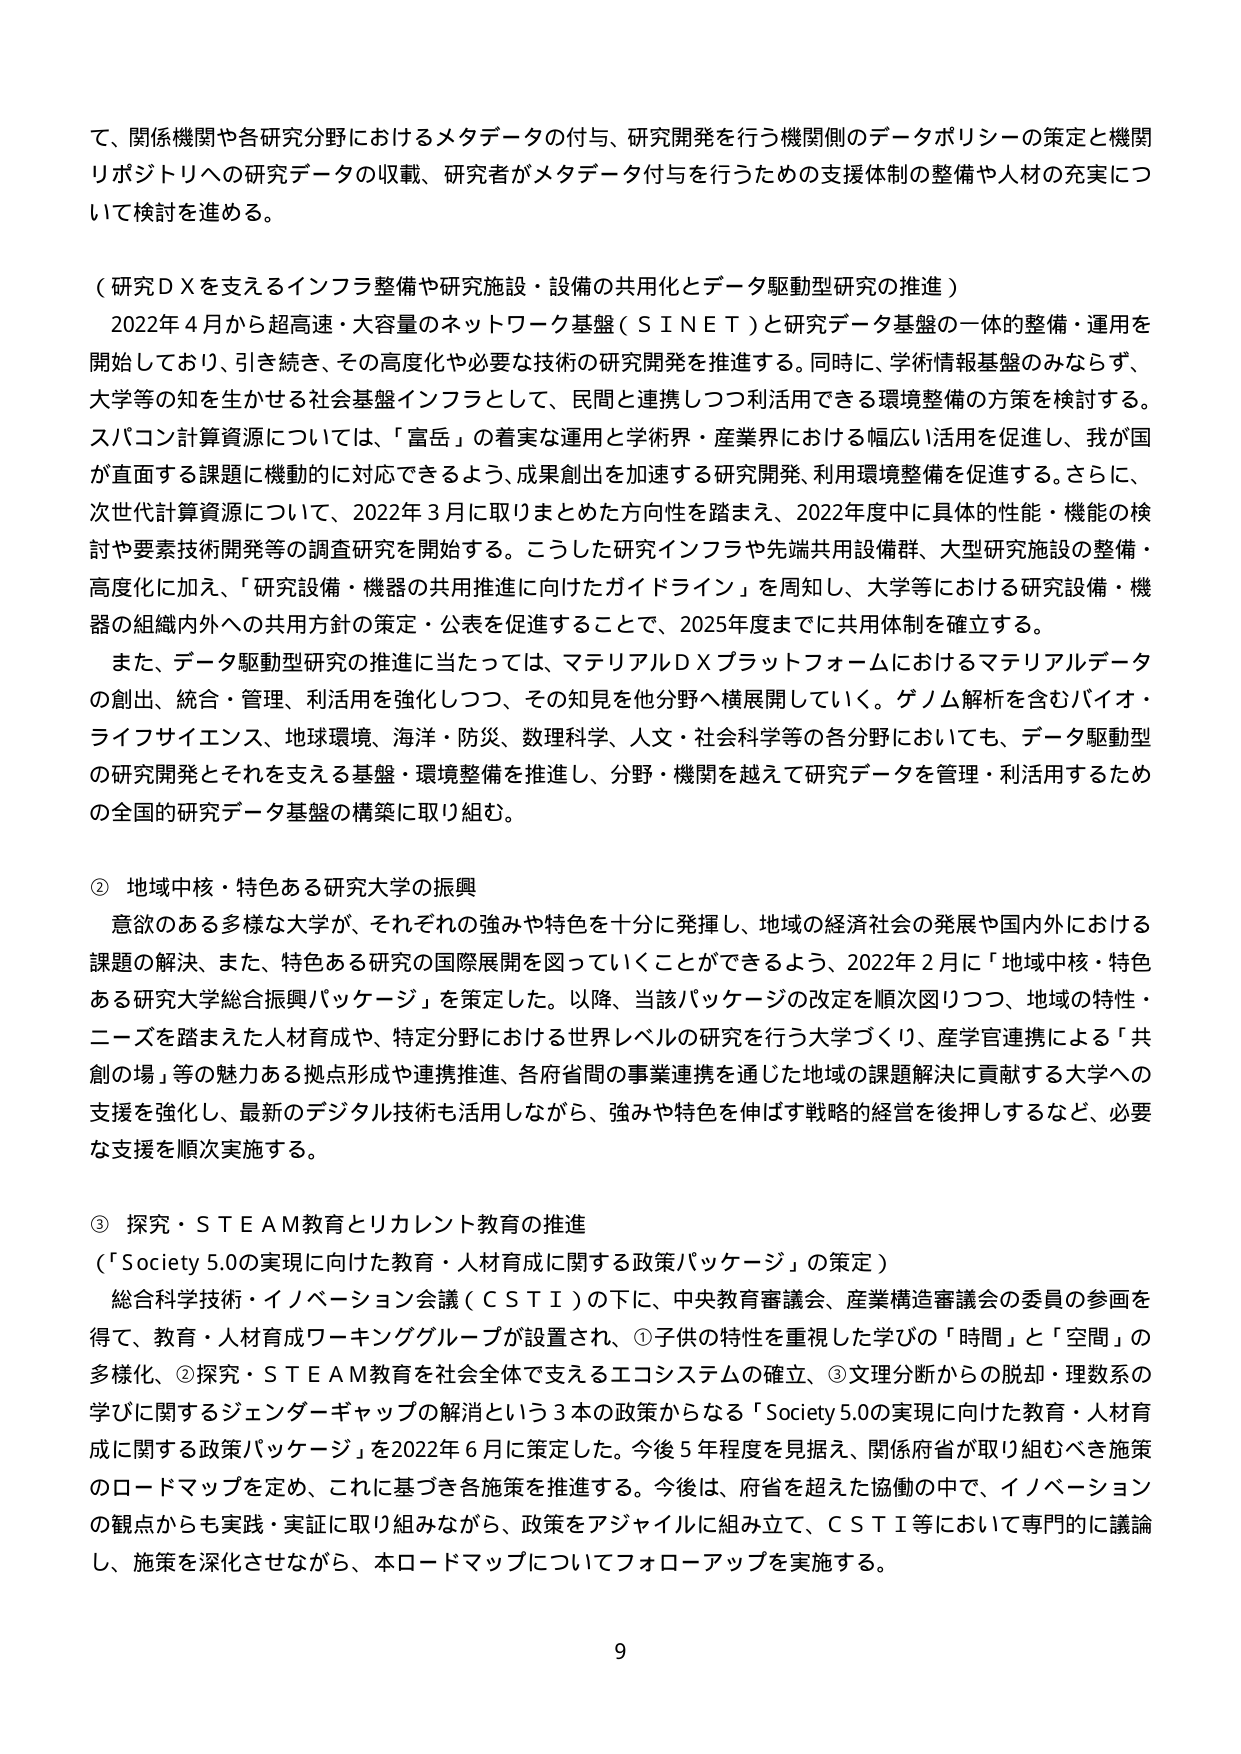
て、関係機関や各研究分野におけるメタデータの付与、研究開発を行う機関側のデータポリシーの策定と機関リポジトリへの研究データの収載、研究者がメタデータ付与を行うための支援体制の整備や人材の充実について検討を進める。

（研究ＤＸを支えるインフラ整備や研究施設・設備の共用化とデータ駆動型研究の推進）
　2022年４月から超高速・大容量のネットワーク基盤（ＳＩＮＥＴ）と研究データ基盤の一体的整備・運用を開始しており、引き続き、その高度化や必要な技術の研究開発を推進する。同時に、学術情報基盤のみならず、大学等の知を生かせる社会基盤インフラとして、民間と連携しつつ利活用できる環境整備の方策を検討する。スパコン計算資源については、「富岳」の着実な運用と学術界・産業界における幅広い活用を促進し、我が国が直面する課題に機動的に対応できるよう、成果創出を加速する研究開発、利用環境整備を促進する。さらに、次世代計算資源について、2022年３月に取りまとめた方向性を踏まえ、2022年度中に具体的性能・機能の検討や要素技術開発等の調査研究を開始する。こうした研究インフラや先端共用設備群、大型研究施設の整備・高度化に加え、「研究設備・機器の共用推進に向けたガイドライン」を周知し、大学等における研究設備・機器の組織内外への共用方針の策定・公表を促進することで、2025年度までに共用体制を確立する。
　また、データ駆動型研究の推進に当たっては、マテリアルＤＸプラットフォームにおけるマテリアルデータの創出、統合・管理、利活用を強化しつつ、その知見を他分野へ横展開していく。ゲノム解析を含むバイオ・ライフサイエンス、地球環境、海洋・防災、数理科学、人文・社会科学等の各分野においても、データ駆動型の研究開発とそれを支える基盤・環境整備を推進し、分野・機関を越えて研究データを管理・利活用するための全国的研究データ基盤の構築に取り組む。

② 地域中核・特色ある研究大学の振興
　意欲のある多様な大学が、それぞれの強みや特色を十分に発揮し、地域の経済社会の発展や国内外における課題の解決、また、特色ある研究の国際展開を図っていくことができるよう、2022年２月に「地域中核・特色ある研究大学総合振興パッケージ」を策定した。以降、当該パッケージの改定を順次図りつつ、地域の特性・ニーズを踏まえた人材育成や、特定分野における世界レベルの研究を行う大学づくり、産学官連携による「共創の場」等の魅力ある拠点形成や連携推進、各府省間の事業連携を通じた地域の課題解決に貢献する大学への支援を強化し、最新のデジタル技術も活用しながら、強みや特色を伸ばす戦略的経営を後押しするなど、必要な支援を順次実施する。

③ 探究・ＳＴＥＡＭ教育とリカレント教育の推進
（「Society 5.0の実現に向けた教育・人材育成に関する政策パッケージ」の策定）
　総合科学技術・イノベーション会議（ＣＳＴＩ）の下に、中央教育審議会、産業構造審議会の委員の参画を得て、教育・人材育成ワーキンググループが設置され、①子供の特性を重視した学びの「時間」と「空間」の多様化、②探究・ＳＴＥＡＭ教育を社会全体で支えるエコシステムの確立、③文理分断からの脱却・理数系の学びに関するジェンダーギャップの解消という３本の政策からなる「Society 5.0の実現に向けた教育・人材育成に関する政策パッケージ」を2022年６月に策定した。今後５年程度を見据え、関係府省が取り組むべき施策のロードマップを定め、これに基づき各施策を推進する。今後は、府省を超えた協働の中で、イノベーションの観点からも実践・実証に取り組みながら、政策をアジャイルに組み立て、ＣＳＴＩ等において専門的に議論し、施策を深化させながら、本ロードマップについてフォローアップを実施する。

9